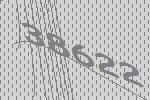
38622